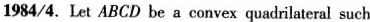
1984/4. Let ABCD be a convex quadrilateral such